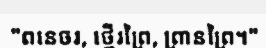
"ពនេចរ, ថ្មើរព្រៃ, ព្រានព្រៃ។"